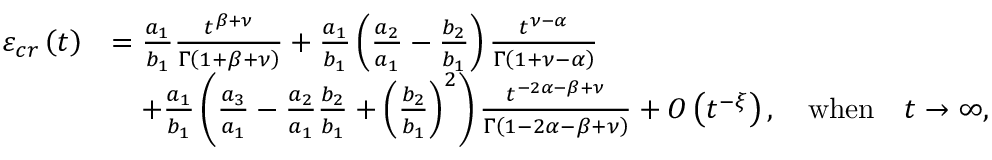
\begin{array} { r l } { \varepsilon _ { c r } \left( t \right) } & { = \frac { a _ { 1 } } { b _ { 1 } } \frac { t ^ { \beta + \nu } } { \Gamma \left( 1 + \beta + \nu \right) } + \frac { a _ { 1 } } { b _ { 1 } } \left( \frac { a _ { 2 } } { a _ { 1 } } - \frac { b _ { 2 } } { b _ { 1 } } \right) \frac { t ^ { \nu - \alpha } } { \Gamma \left( 1 + \nu - \alpha \right) } } \\ & { \quad + \frac { a _ { 1 } } { b _ { 1 } } \left( \frac { a _ { 3 } } { a _ { 1 } } - \frac { a _ { 2 } } { a _ { 1 } } \frac { b _ { 2 } } { b _ { 1 } } + \left( \frac { b _ { 2 } } { b _ { 1 } } \right) ^ { 2 } \right) \frac { t ^ { - 2 \alpha - \beta + \nu } } { \Gamma \left( 1 - 2 \alpha - \beta + \nu \right) } + O \left( t ^ { - \xi } \right) , \quad \mathrm { w h e n } \quad t \rightarrow \infty , } \end{array}